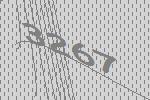
3267